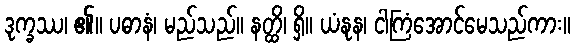
ဒုက္ခဿ၊ ၏။ ပဓာနံ၊ မည်သည်။ နတ္ထိ၊ ရှိ။ ယံနုန၊ ငါကြံအောင်မေသည်ကား။